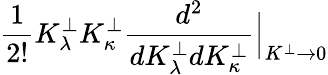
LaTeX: \frac{1}{2!}K_{\lambda}^{\perp}K_{\kappa}^{\perp}\frac{d^{2}}{dK_{\lambda}^{\perp}dK_{\kappa}^{\perp}}\Big|_{K^{\perp}\to 0}